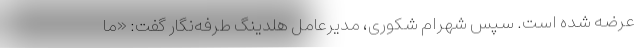
عرضه شده است. سپس شهرام شکوری، مدیرعامل هلدینگ طرفه‌نگار گفت: «ما